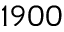
1 9 0 0